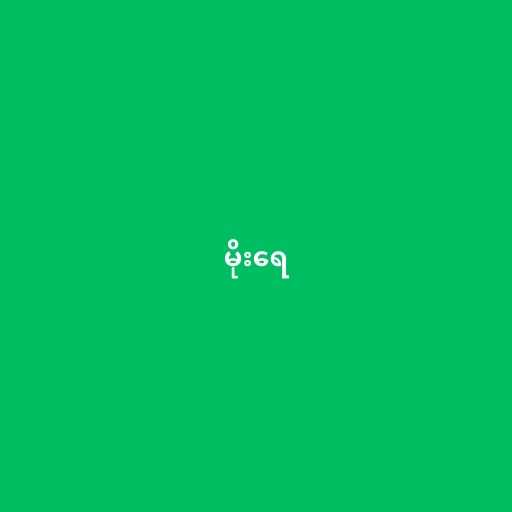
မိုးရေ